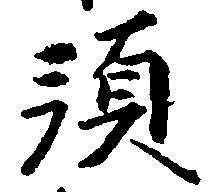
預